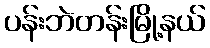
ပန်းဘဲတန်းမြို့နယ်